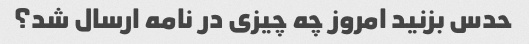
حدس بزنید امروز چه چیزی در نامه ارسال شد؟